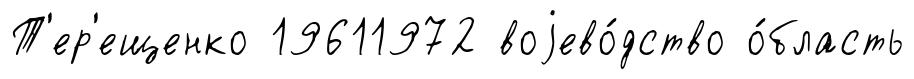
Т'ер'ещенко 19611972 воjево́дство о́бласть